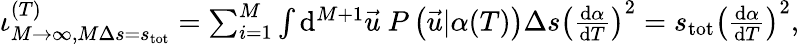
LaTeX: \begin{array}{r}{\iota_{M\rightarrow\infty,M\Delta s=s_{\mathrm{tot}}}^{(T)}=\sum_{i=1}^{M}\int\mathrm{d}^{M+1}\vec{u}\ P\left(\vec{u}|\alpha(T)\right)\Delta s\left(\frac{\mathrm{d}\alpha}{\mathrm{d}T}\right)^{2}=s_{\mathrm{tot}}\left(\frac{\mathrm{d}\alpha}{\mathrm{d}T}\right)^{2},}\end{array}